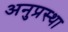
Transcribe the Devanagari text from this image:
अनुप्रस्था